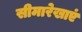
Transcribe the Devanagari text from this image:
सीमारेखाएं